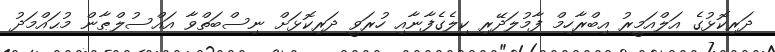
ދަރިކޮޅުގެ އަލްއަމީރު އިބްރާހިމް ފާމުލަދޭރި ކިލެގެފާނާއި ހުރަވީ ދަރިކޮޅަށް ނިސްބަތްވާ އައްސުލްޠާން މުޙައްމަދު